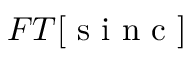
{ \cal F T } [ \mathrm { ~ s ~ i ~ n ~ c ~ } ]